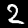
Label: 2